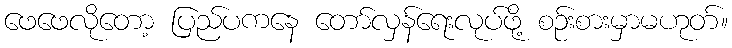
ဖေဖေလိုတော့ ပြည်ပကနေ တော်လှန်ရေးလုပ်ဖို့ စဉ်းစားမှာမဟုတ်။